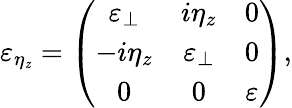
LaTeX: {\varepsilon}_{\eta_{\mathit{z}}}=\left(\begin{array}{ccc}{\varepsilon_{\perp}}&{i\eta_{z}}&{0}\\ {-i\eta_{z}}&{\varepsilon_{\perp}}&{0}\\ {0}&{0}&{\varepsilon}\end{array}\right),